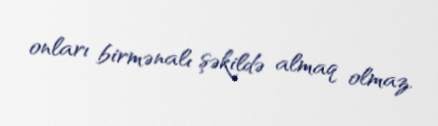
onları birmənalı şəkildə almaq olmaz.